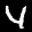
Label: 4